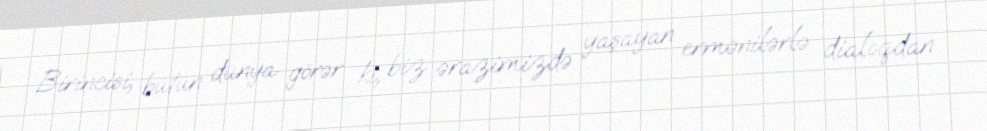
Birincisi, bütün dünya görər ki, biz ərazimizdə yaşayan ermənilərlə dialoqdan